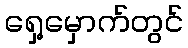
ရှေ့မှောက်တွင်